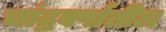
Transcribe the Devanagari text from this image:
चांद्रवर्षातील